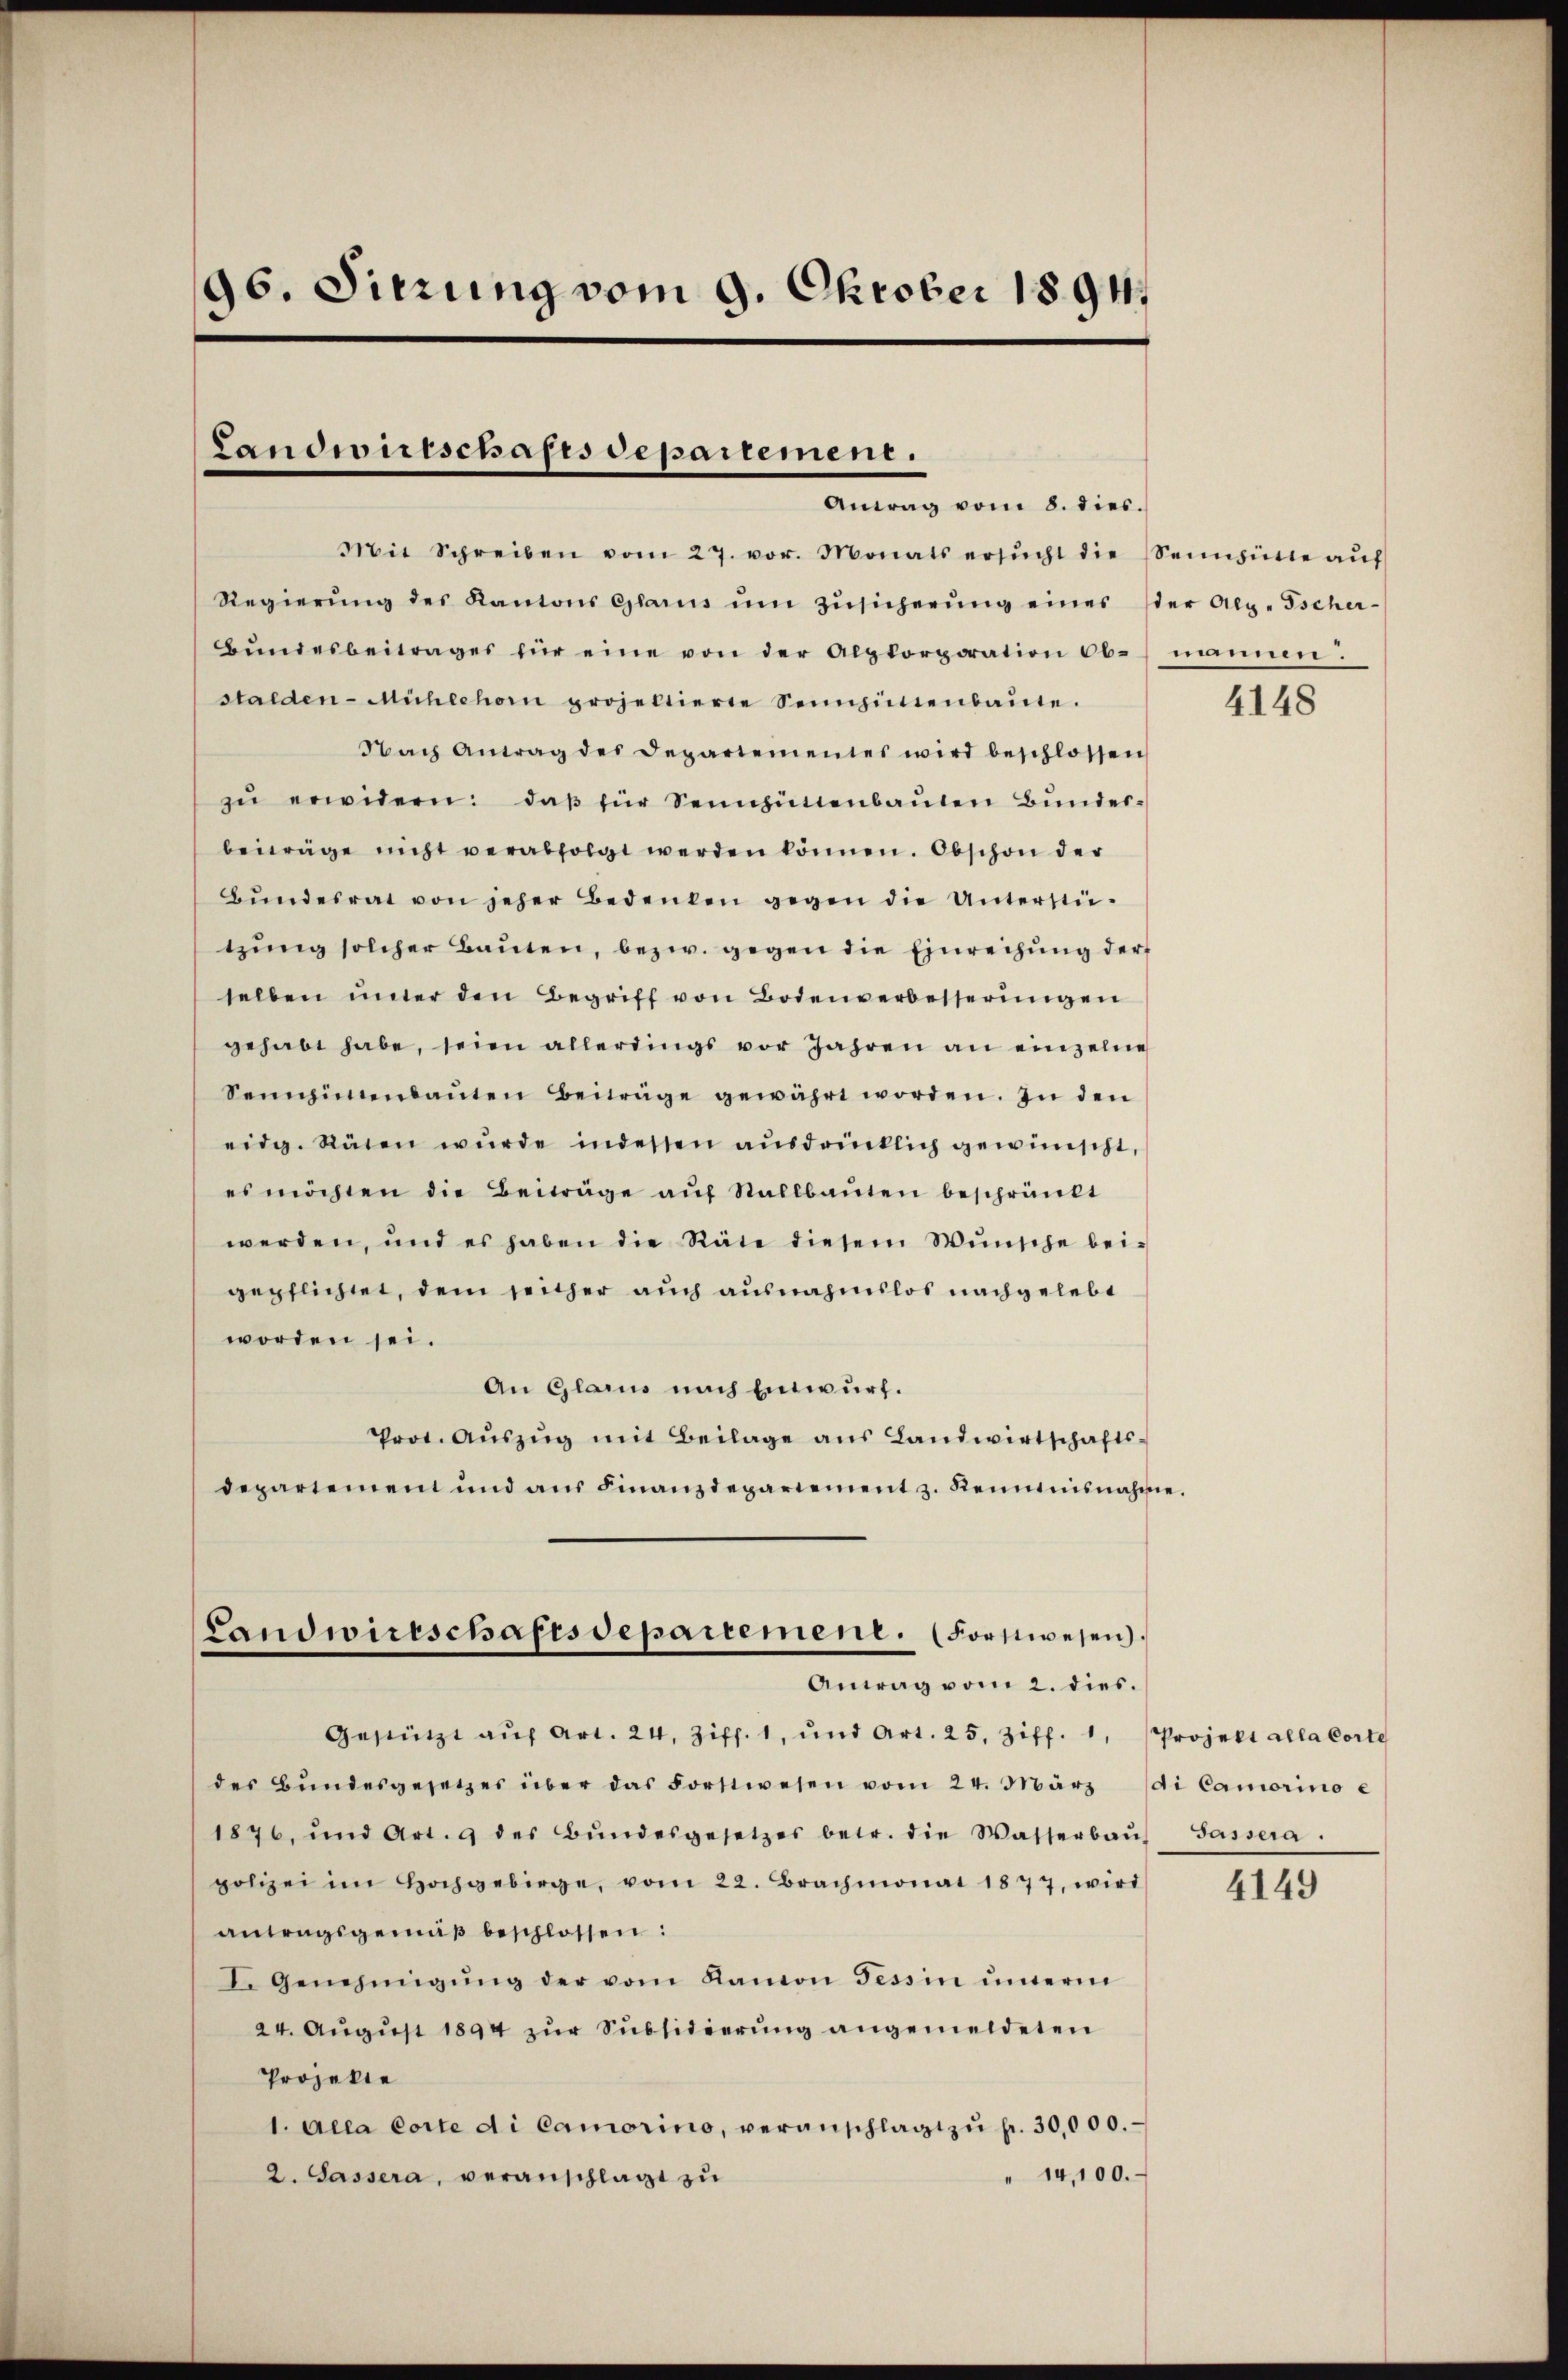
96. Sitzung vom 9. Oktober 1894.

Landwirtschafes departement.
Antag vom 8. dies.

Mit Schreiben vom 27. vor. Monats ersŭcht die Sennhüte aŭf
Regierŭng des Kantons Glarus ŭm Zŭsicherŭng eines ster Alp. Tscher-
Bundesbeitrages für eine von der Alpkorporation ob mannen:
staeden-Mühlehor projeltierte Sennpintenbaŭte.
Nach Antrag des Departementes wird beschlossen
zŭ erwidern: daβ für Sennhüttenbaŭten Bŭnder-
beiträge nicht verabfolgt werden können. Obschon der
Bŭndesrat von jeher Bedenken gegen die Unterstü-
tzŭng solcher Baŭten, bezw. gegen die Einreihung der
selben ŭnter den Begriff von Bodenverbesserungen
gehabt habe, seien allerdings vor Jahren an einzelne
Sepimenbauten Beiträge gewährt worden. In den
eidg. Räten wŭrde indessen ausdrücklich gewünscht,
es möchten die Beiträge auf Stallbauten beschränkt
werden, und es haben die Räte diesem Wünsche bei-
gepflichtet, dem sicher auch ausnahmslos nachgelebt
worden sei.
An Glarus nach Einwurf.
Prot. Aŭszŭg mit Beilage ans Landwirtschafts-
departement und aŭs Finanzdepartement z. Renntnisnahme.
Landwirtschaftsdepartemene. (Forstwesen.
Antrag vom 2. dies.
Gestützt aŭf Art. 24, Ziff. 1, und Art. 25. Ziff. 1, Projekt alla Corte
des Bŭndesgesetzes über das Forstwesen vom 24. März di Camorino e
1876, und Art. 9 des Bŭndesgesetzes betr. die Wasserbaŭs Gassera
polizei im Hochgebirge, vom 22. Brachmonat 1877, wird
antragsgemäß beschlossen:
I. Genehmigŭng der vom Kanton Tessin unerm
24. August 1894 zur Subsidierung angemeldeten
Projekte
1. Alla Corte di Camorino, veranschlagt zŭ fr. 30,000.
" 14,100.
2. Sassera, veranschlagt zu

4148

4149